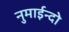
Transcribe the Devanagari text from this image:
नुमाईन्दो